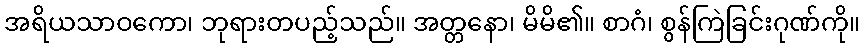
အရိယသာဝကော၊ ဘုရားတပည့်သည်။ အတ္တနော၊ မိမိ၏။ စာဂံ၊ စွန်ကြဲခြင်းဂုဏ်ကို။